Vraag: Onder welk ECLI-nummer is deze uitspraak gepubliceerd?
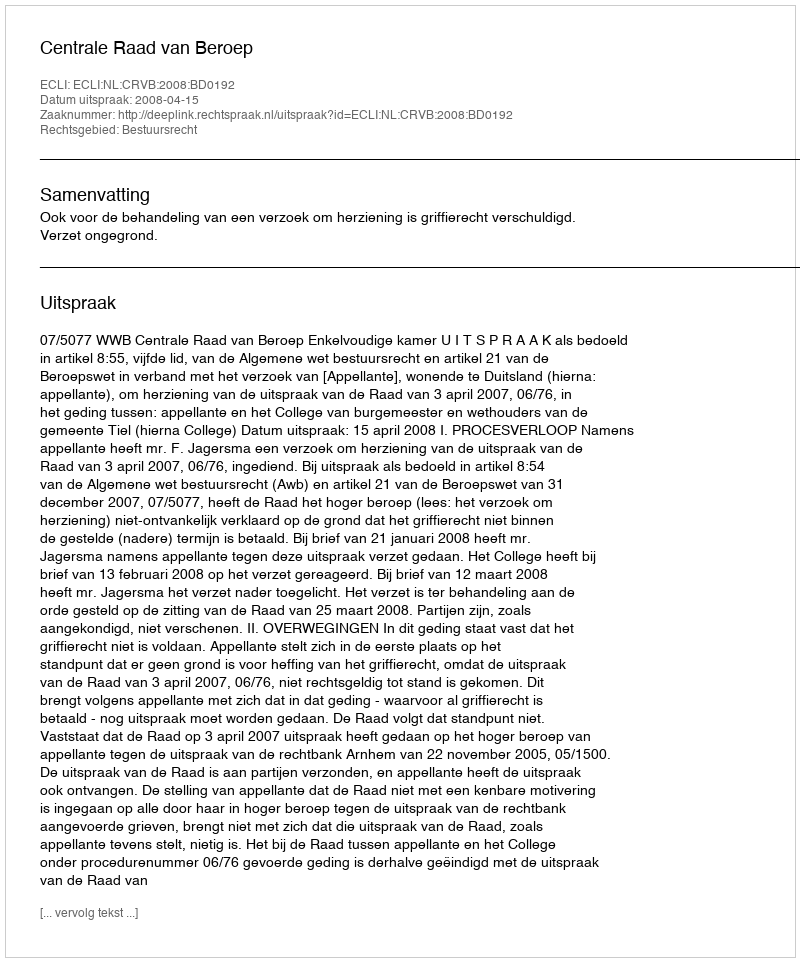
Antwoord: ECLI:NL:CRVB:2008:BD0192